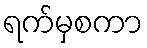
ရက်မှစကာ